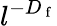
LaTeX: l^{-D_{\mathrm{~f~}}}